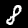
Digit: 8